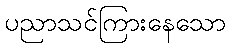
ပညာသင်ကြားနေသော